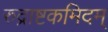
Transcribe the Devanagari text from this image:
रुद्राष्टकमिदम्